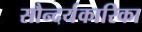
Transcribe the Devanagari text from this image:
सौन्दर्यकारिका